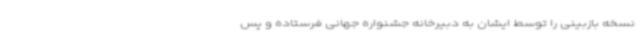
نسخه بازبینی را توسط ایشان به دبیرخانه جشنواره جهانی فرستاده و پس